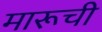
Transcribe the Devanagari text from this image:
मारूची